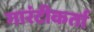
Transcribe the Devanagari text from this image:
गारंटीकर्ता